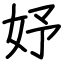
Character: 妤